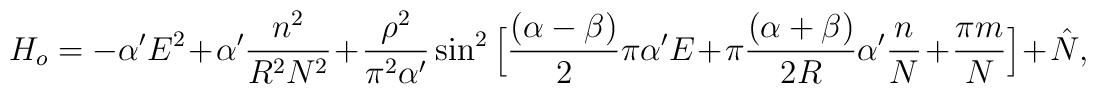
H_o = -\alpha^{\prime}E^2 +\alpha^{\prime}\frac{n^2}{R^2N^2}+ \frac{\rho^2}{\pi^2\alpha^{\prime}}\sin^2 \Big[ \frac{(\alpha -\beta)}{2}\pi \alpha^{\prime}E+\pi  \frac{(\alpha +\beta)}{2R}\alpha^{\prime}\frac{n}{N} + \frac{\pi m}{N}\Big] + \hat N,